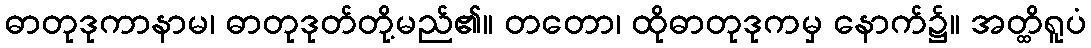
ဓာတုဒုကာနာမ၊ ဓာတုဒုတ်တို့မည်၏။ တတော၊ ထိုဓာတုဒုကမှ နောက်၌။ အတ္ထိရူပံ